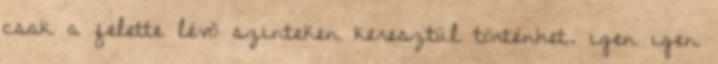
csak a felette lévõ szinteken keresztül történhet. igen igen